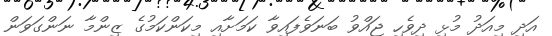
އަދި މިއަދު މުޅި ދިވެހި ޖައްވު ބަނަވެފައިވާ ކަމަށާއި މިކަންކަމުގެ ޒިންމާ ނަންގަވަން